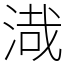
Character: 渽